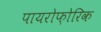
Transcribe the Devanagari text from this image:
पायरोफ़ोरिक